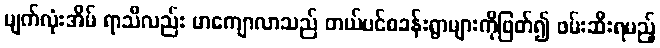
မျက်လုံးအိမ် ရာသီလည်း မာကျောလာသည် တယ်ပင်စခန်းရွာများကိုဖြတ်၍ ဖမ်းဆီးရမည့်